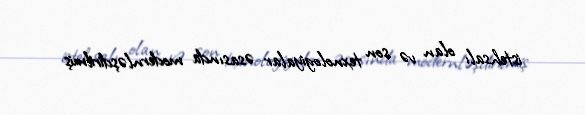
istehsalı olan və son texnologiyalar əsasında modernləşdirilmiş